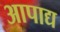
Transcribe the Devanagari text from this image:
आपाद्य